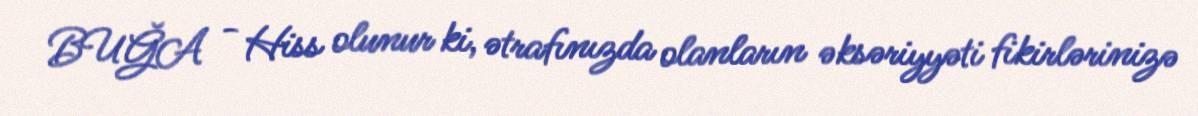
BUĞA - Hiss olunur ki, ətrafınızda olanların əksəriyyəti fikirlərinizə